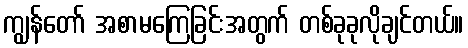
ကျွန်တော် အစာမကြေခြင်းအတွက် တစ်ခုခုလိုချင်တယ်။